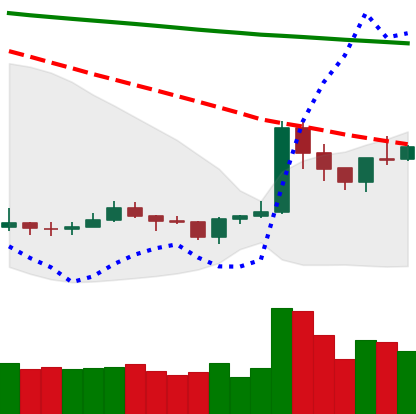
Ticker: XRP-USD
Chart end date: 2020-01-12
Forward return: 10.733%
Label: up_7plus